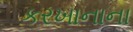
કરખાનાના